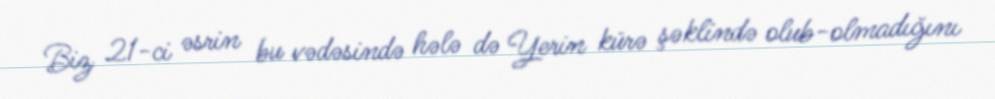
Biz 21-ci əsrin bu vədəsində hələ də Yerin kürə şəklində olub-olmadığını